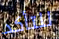
للتأكد